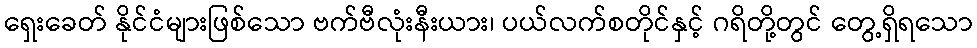
ရှေးခေတ် နိုင်ငံများဖြစ်သော ဗက်ဗီလုံးနီးယား၊ ပယ်လက်စတိုင်နှင့် ဂရိတို့တွင် တွေ့ရှိရသော